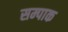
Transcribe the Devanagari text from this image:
सम्पाक